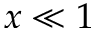
x \ll 1